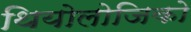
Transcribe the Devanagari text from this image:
थियोलोजिको